Report on vaccination in Madras 1895-1903 - 1895-1903
Year: 1895
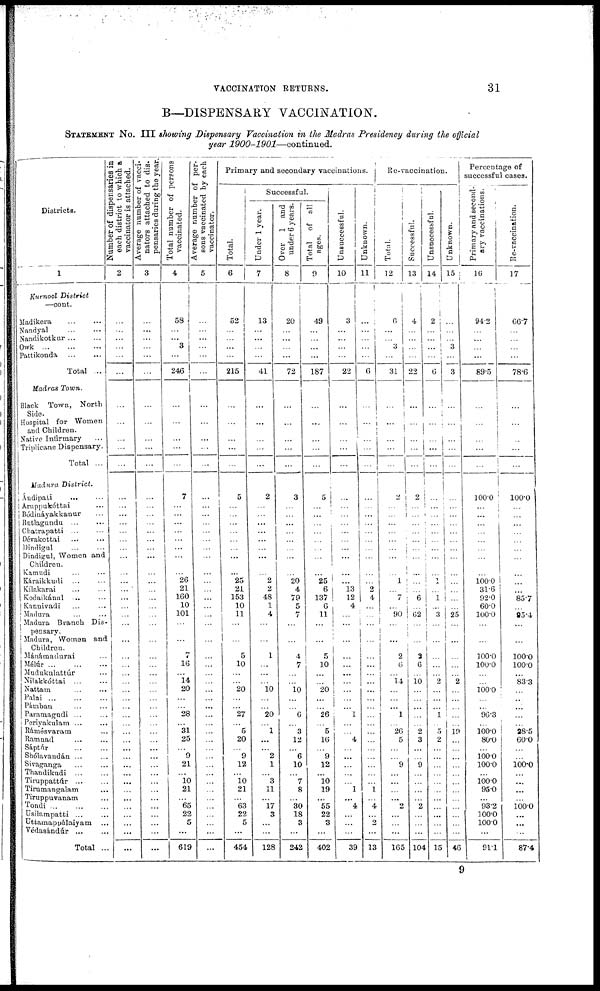
VACCINATION RETURNS.
31
B—DISPENSARY VACCINATION.
STATEMENT No. III showing Dispensary Vaccination in the Madras Presidency during the official
year
1900-1901—continued.
Districts.
1
Kurnool District
—cont.
Madikera ... ...
Nandyal
...
...
Nandikotkur ... ...
Owk ... ... ...
Pattikonda
...
...
Total ...
Madras Town.
Black Town, North
Side.
Hospital for Women
and Children.
Native Infirmary ...
Triplicane Dispensary.
Total ...
Madura District.
Ándipati ... ...
Aruppukóttai ...
Bódináyakkanur ...
Butlagundu ... ...
Chatrapatti
...
...
Dévakottai ... ...
Dindigul ... ...
Dindigul, Women and
Children.
Kamudi ... ...
Káraikkudi ... ...
Kílakarai ... ...
Kodaikánal ... ...
Kannivadi ... ...
Madura ... ...
Madura Branch Dis-
pensary.
Madura, Women and
Children.
Mánámadurai ...
Mélúr
...
...
...
Mudukulattúr ...
Nilakkóttai
...
...
Nattam ... ...
Palni
...
...
...
Pámban ... ...
Paramagudi ... ...
Periyakulam
...
...
Rámésvaram ...
Ramnad ... ...
Sáptúr ... ...
Shólavandán ... ...
Sivaganga ... ...
Thandikudi
...
...
Tiruppattúr
...
...
Tirumangalam ...
Tiruppuvanam ...
Tondi ... ... ...
Usilampatti ... ...
Uttamappálaiyam ...
Védasándúr
...
...
Total ...
Number of dispensaries in
each district to which a
vaccinator is attached.
2
...
...
...
...
...
...
...
...
...
...
...
...
...
...
...
...
...
...
...
...
...
...
...
...
...
...
...
...
...
...
...
...
...
...
...
...
...
...
...
...
...
...
...
...
...
...
...
...
...
...
Average number of vacci-
nators attached to dis-
pensaries during the year.
3
...
...
...
...
...
...
...
...
...
...
...
...
...
...
... ...
...
...
...
...
...
...
...
...
...
...
...
...
...
...
...
...
...
...
...
...
...
...
...
...
...
...
...
...
...
...
...
...
...
...
Total number of persons
vaccinated.
4
58
...
...
3
...
246
...
...
...
...
...
7
...
...
...
...
... ...
...
... 26
21
160
10
101
...
...
...
16
...
14
20
...
...
28
...
31
25
...
9
21
...
10
21
... 65
22
5
...
619
Average number of per-
sons vaccinated by each
vaccinator.
5
...
...
...
...
...
...
...
...
...
...
...
...
...
...
...
...
...
...
...
...
...
...
...
...
...
...
...
...
...
...
...
...
...
...
...
...
...
...
...
...
...
...
...
...
...
...
...
...
...
...
Primary and secondary vaccinations.
Total.
6
52
...
...
...
...
215
...
...
...
...
...
5
...
...
...
...
...
...
...
... 25
21
153
10
11
...
...
5
10
...
...
20
...
...
27
... 5
20
...
9
12
...
10
21
... 63
22
5
...
454
Successful.
Under 1 year.
7
13
...
...
...
...
41
...
...
...
...
...
2
...
...
...
...
...
...
...
... 2
2
48
1
4
...
...
1
...
...
...
10
...
...
20
...
1
...
...
2
1
...
3
11
... 17
3
...
...
128
Over 1 and
under 6 years.
8
20
...
...
...
...
72
...
...
...
...
...
3
...
...
...
...
...
...
...
... 20
4
79
5
7
...
...
4
7
...
...
10
...
...
6
...
3
12
...
6
10
...
7
8
... 30
18
3
...
242
Total of all
ages.
9
49
...
...
...
...
187
...
...
...
...
...
5
...
...
... ...
... ...
...
... 25
6
137
6
11
...
...
5
10
...
...
20
...
...
26
... 5
16
...
9
12
...
10 19
... 55
22
3
...
402
Unsuccessful.
10
3
...
...
...
...
22
...
...
...
...
...
...
...
...
... ...
... ...
...
...
...
13 12
4
...
...
...
...
...
...
...
...
...
...
1
...
...
4
...
...
...
...
...
1
... 4
...
...
...
39
Unknown.
11
...
...
...
...
...
6
...
...
...
...
...
...
...
...
...
...
...
...
...
...
... 2
4
...
...
...
...
...
...
...
...
...
...
...
...
...
...
...
...
...
...
...
...
1
... 4
... 2
...
13
Re-vaccination.
Total.
12
6
...
... 3
...
31
...
...
...
...
...
2
...
...
...
...
...
...
...
... 1
...
7
...
90
...
...
2
6
...
14
...
...
...
1
...
26
5
...
...
9
...
...
...
... 2
...
...
...
165
Successful.
13
4
...
...
...
...
22
...
...
...
...
...
2
...
...
...
...
...
...
...
...
...
...
6
...
62
...
...
2
6
...
10
...
...
...
...
...
2
3
...
...
9
...
...
...
... 2
...
...
...
104
Unsuccessful.
14
2
...
...
...
...
6
...
...
...
...
...
...
...
...
...
...
...
...
...
... 1
...
1
...
3
...
...
...
...
...
2
...
...
...
1
...
5
2
...
...
...
...
...
...
...
...
...
...
...
15
Unknown.
15
...
...
... 3
...
8
...
...
...
...
...
...
...
...
...
...
...
...
...
...
...
...
...
...
25
...
...
...
...
...
2
...
...
...
...
...
19 ...
...
...
...
...
...
...
...
...
...
...
...
46
Percentage of
successful cases.
Primary and second-
ary vaccinations.
16
94.2
...
...
...
...
89.5
...
...
...
...
...
100.0
...
...
...
...
...
...
...
... 100.0
31.6
92.0
60.0
100.0
...
...
100.0
100.0
...
...
100.0
...
...
96.3
...
100.0
80.0
...
100.0
100.0
...
100.0
95.0
... 93.2
100.0
100.0
...
91.1
Re-vaccination.
17
66.7
...
...
...
...
78.6
...
...
...
...
...
100.0
...
...
...
...
...
...
...
...
...
...
85.7
...
85.4
...
...
100.0
100.0
...
83.3
...
...
...
...
...
28.5
60.0
...
...
100.0
...
...
...
... 100.0
...
...
...
87.4
9